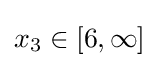
x_{3}\in [6,\infty ]